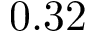
0 . 3 2